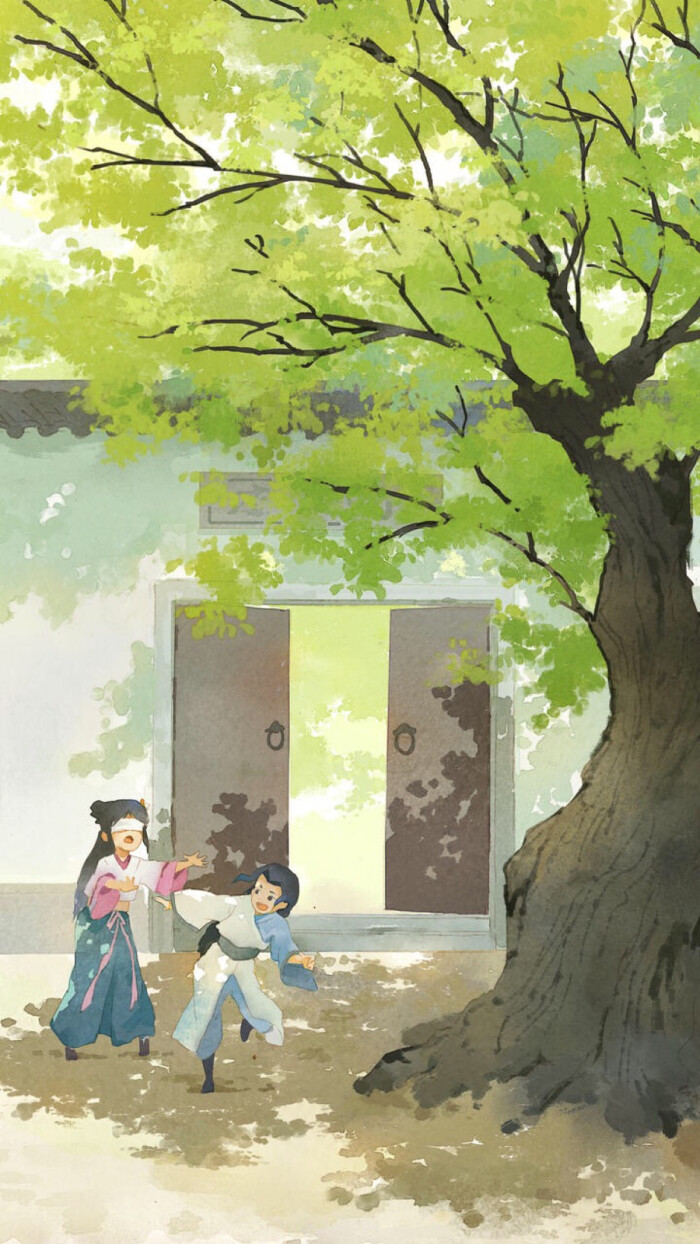
柳色披衫金缕凤，纤手轻拈红豆弄，翠蛾双敛正含情。